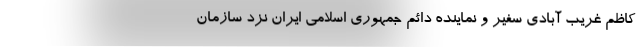
کاظم غریب آبادی سفیر و نماینده دائم جمهوری اسلامی ایران نزد سازمان